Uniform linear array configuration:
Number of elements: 48
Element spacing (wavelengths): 1
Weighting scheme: binomial
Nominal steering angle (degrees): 15
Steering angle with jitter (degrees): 14.501
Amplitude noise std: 0.05
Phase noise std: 0.05

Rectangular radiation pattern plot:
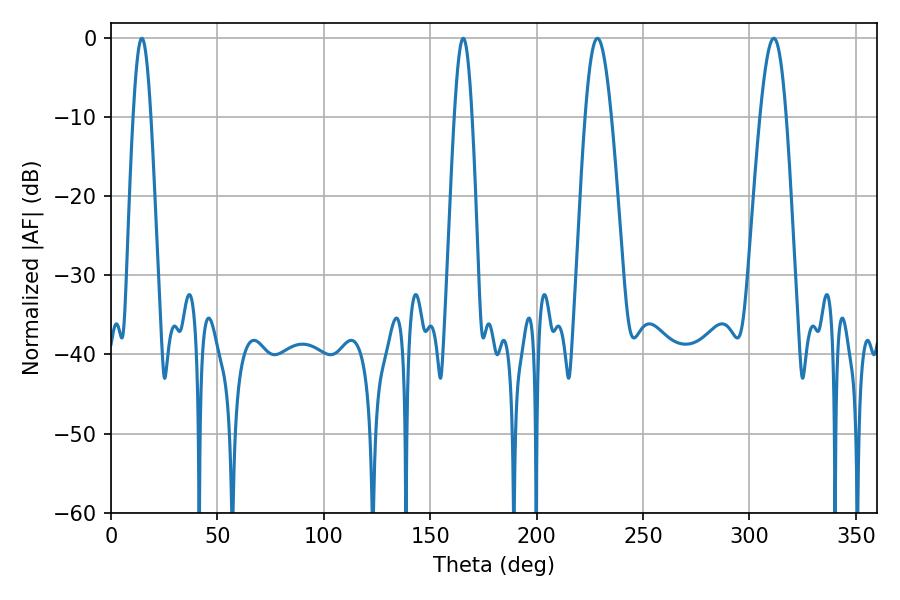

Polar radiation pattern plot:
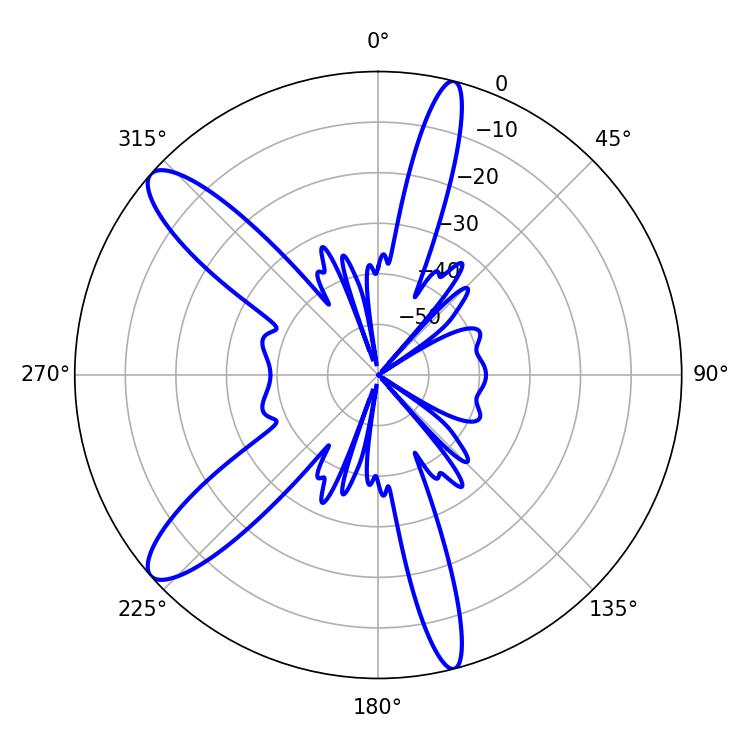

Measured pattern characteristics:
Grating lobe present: TRUE
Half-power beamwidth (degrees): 6.66
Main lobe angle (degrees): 228.6